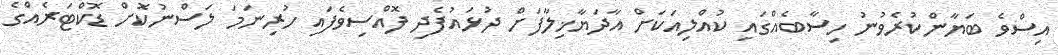
އިސްވެ ބަޔާންކުރެވުނު ހިސާބެއްގައި ކުއްލިއަކަށް އާދަޔާޚިލާފަށް ދުޅައުފެދި ފޮއްސިވެފައި ހުރިނަމަ ލަސްނުކޮށް ޑޮކްޓަރެއްގެ